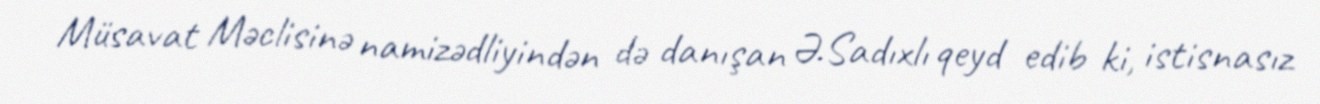
Müsavat Məclisinə namizədliyindən də danışan Ə.Sadıxlı qeyd edib ki, istisnasız